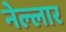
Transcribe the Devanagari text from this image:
नेल्‍लार